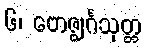
၆၊ ဗောဇ္ဈင်္ဂသုတ္တ